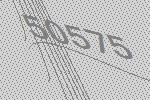
50575